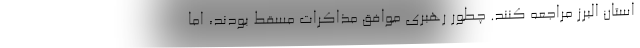
استان البرز مراجعه کنند. چطور رهبری موافق مذاکرات مسقط بودند، اما